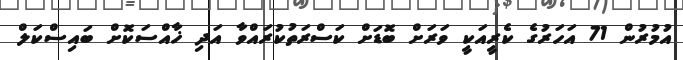
އުމުރުން 71 އަހަރުގެ ކެރީއަކީ ވަރަށް ބޮޑަށް ކަސްރަތުކުރައްވާ އަދި ޚާއްސަކޮށް ބައިސްކަލް